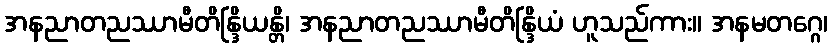
အနညာတညဿာမီတိန္ဒြိယန္တိ၊ အနညာတညဿာမီတိန္ဒြိယံ ဟူသည်ကား။ အနမတဂ္ဂေ၊